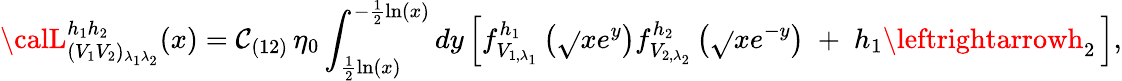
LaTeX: {\calL}_{(V_{1}V_{2})_{\lambda_{1}\lambda_{2}}}^{h_{1}h_{2}}(x)=\mathcal{C}_{(12)}\, \eta_{0}\int_{\frac{{1}}{{2}}\ln(x)}^{-\frac{{1}}{{2}}\ln(x)}dy\left[f_{V_{1,\lambda_{1}}}^{h_{1}}\left(\sqrt{}{{x}}e^{y}\right)f_{V_{2,\lambda_{2}}}^{h_{2}}\left(\sqrt{}{{x}}e^{-y}\right)\; +\; h_{1}\leftrightarrowh_{2}\, \right],